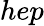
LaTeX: hep